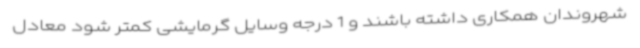
شهروندان همکاری داشته باشند و 1 درجه وسایل گرمایشی کمتر شود معادل